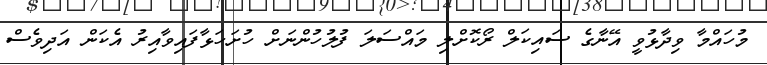
މުހައްމާ ވިދާޅުވީ އޭނާގެ ސައިކަލް ރޯކޮށްލި މައްސަލަ ފުލުހުންނަށް ހުށަހަޅާފައިވާއިރު އެކަން އަދިވެސް